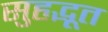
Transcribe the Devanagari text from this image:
सुहृद्भूत